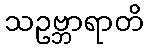
သဥဗ္ဘာရာတိ